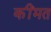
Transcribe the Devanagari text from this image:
कींमत